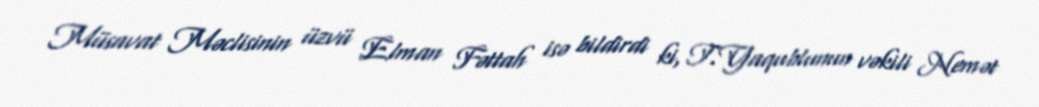
Müsavat Məclisinin üzvü Elman Fəttah isə bildirdi ki, T.Yaqublunun vəkili Nemət